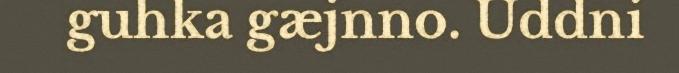
guhka gæjnno. Uddni